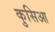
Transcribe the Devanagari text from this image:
कुसिआ